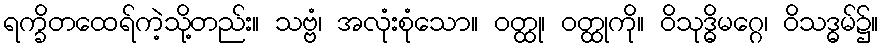
ရက္ခိတထေရ်ကဲ့သို့တည်း။ သဗ္ဗံ၊ အလုံးစုံသော။ ဝတ္ထု၊ ဝတ္ထုကို။ ဝိသုဒ္ဓိမဂ္ဂေ၊ ဝိသဒ္ဓမ်၌။